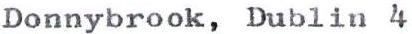
Donnybrook, Dublin 4